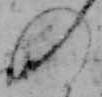
の